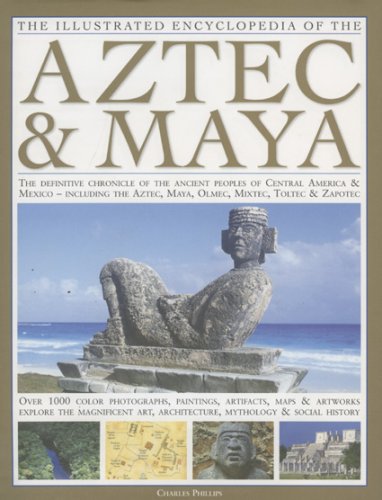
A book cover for The Illustrated Encyclopedia of the Aztec & Maya: The Definitive Chronicle Of The Ancient Peoples Of Mexico & Central America - Including The Aztec, Maya, Olmec, Mixtec, Toltec & Zapotec; Charles Phillips; History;